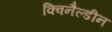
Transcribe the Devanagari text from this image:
क्विनैल्डीन